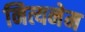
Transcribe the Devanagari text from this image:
नित्यनेम